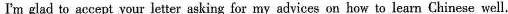
'm glad to accept your letter asking for my advices on how to learn Chinese well.